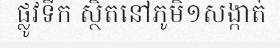
ផ្លូវទឹក ស្ថិតនៅភូមិ១សង្កាត់